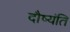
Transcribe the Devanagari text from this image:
दौष्यंति